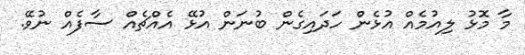
މާ މޮޅު ލިއުމެއް އުޅެން ހަދައިގެން ބުނަން އުޅޭ އެއްޗެއް ސާފެއް ނުވޭ.